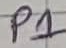
Text: P1